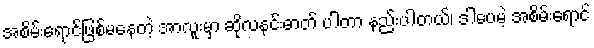
အစိမ်းရောင်ဖြစ်မနေတဲ့ အာလူးမှာ ဆိုလနင်းဓာတ် ပါတာ နည်းပါတယ်၊ ဒါပေမဲ့ အစိမ်းရောင်